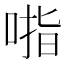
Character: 𰈃